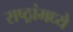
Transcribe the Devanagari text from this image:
राष्ठ्रांमध्ये